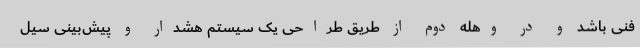
فنی باشد و در وهله دوم از طریق طراحی یک سیستم هشدار و پیش‌بینی سیل